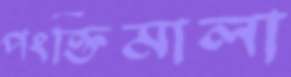
পংক্তিমালা